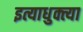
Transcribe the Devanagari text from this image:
इत्याधुक्त्या